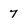
Character: 7